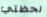
لحظتي